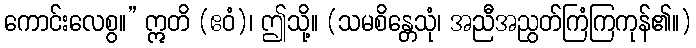
ကောင်းလေစွ။” ဣတိ (ဧဝံ)၊ ဤသို့။ (သမစိန္တေသုံ၊ အညီအညွတ်ကြံကြကုန်၏။)